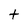
Character: t